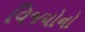
વિજયોનો